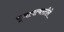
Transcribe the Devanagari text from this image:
चूनापत्थरटीले